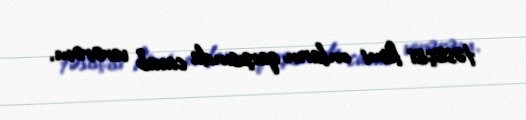
təsisçisi kimi onların qarşısında cavab verərəm.